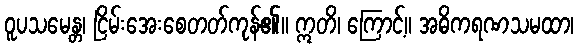
ဝူပသမေန္တ၊ ငြိမ်းအေးစေတတ်ကုန်၏။ ဣတိ၊ ကြောင့်။ အဓိကရဏသမထာ၊